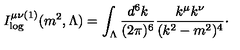
I _ { \log } ^ { \mu \nu ( 1 ) } ( m ^ { 2 } , \Lambda ) = \int _ { \Lambda } \frac { d ^ { 6 } k } { ( 2 \pi ) ^ { 6 } } \frac { k ^ { \mu } k ^ { \nu } } { ( k ^ { 2 } - m ^ { 2 } ) ^ { 4 } } \cdot